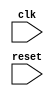
module timing_control(
    input wire clk,
    input wire reset,
    // add other input and output ports as needed
    
    // timing parameters
    // clock generation logic
    // data transfer rate control
    // setup and hold time checks
);

    // timing control logic implementation

endmodule